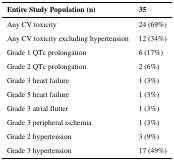
| Entire Study Population (n) | 35 |
 | --- | --- |
 | Any CV toxicity | 24 (69%) |
 | Any CV toxicity excluding hypertension | 12 (34%) |
 | Grade 1 QTc prolongation | 6 (17%) |
 | Grade 2 QTc prolongation | 2 (6%) |
 | Grade 3 heart failure | 1 (3%) |
 | Grade 5 heart failure | 1 (3%) |
 | Grade 3 atrial flutter | 1 (3%) |
 | Grade 3 peripheral ischemia | 1 (3%) |
 | Grade 2 hypertension | 3 (9%) |
 | Grade 3 hypertension | 17 (49%) |